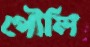
পৌলি